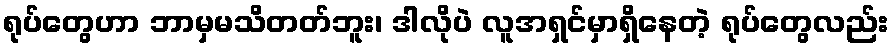
ရုပ်တွေဟာ ဘာမှမသိတတ်ဘူး၊ ဒါလိုပဲ လူအရှင်မှာရှိနေတဲ့ ရုပ်တွေလည်း